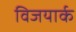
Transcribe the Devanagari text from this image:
विजयार्क